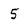
Character: 5